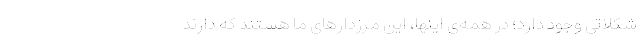
شکلاتی وجود دارد؛ در همه‌ی اینها، این مرزدارهای ما هستند که دارند